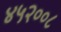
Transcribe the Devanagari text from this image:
४५२००८